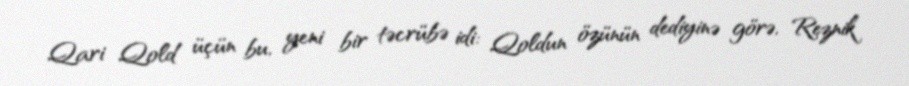
Qari Qold üçün bu, yeni bir təcrübə idi: Qoldun özünün dediyinə görə, Reznik